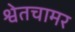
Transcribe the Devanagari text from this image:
श्वेतचामर